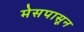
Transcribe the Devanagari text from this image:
मेसपासून